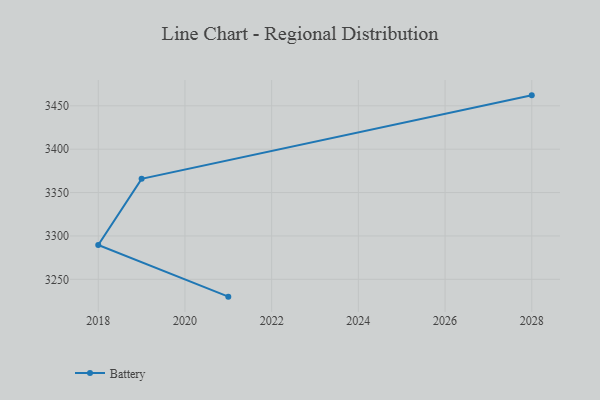
{"axis": {"x": "Year", "y": "Demand Index"}, "legend": ["Battery"], "data": [{"x": "2021", "y": 3230.0, "type": "Battery"}, {"x": "2018", "y": 3289.6, "type": "Battery"}, {"x": "2019", "y": 3365.8, "type": "Battery"}, {"x": "2028", "y": 3462.1, "type": "Battery"}]}